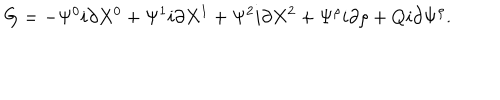
G = - \Psi ^ { 0 } i \partial X ^ { 0 } + \Psi ^ { 1 } i \partial X ^ { 1 } + \Psi ^ { 2 } i \partial X ^ { 2 } + \Psi ^ { \rho } i \partial \rho + Q i \partial \Psi ^ { \rho } .